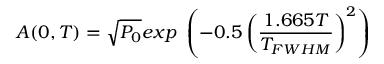
A ( 0 , T ) = \sqrt { P _ { 0 } } e x p ⁡ \left( - 0 . 5 \left( \frac { 1 . 6 6 5 T } { T _ { F W H M } } \right) ^ { 2 } \right)